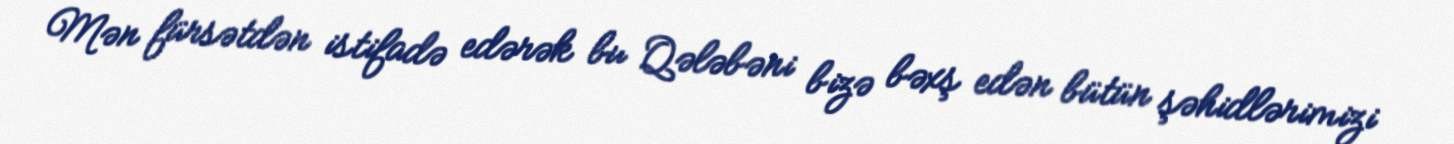
Mən fürsətdən istifadə edərək bu Qələbəni bizə bəxş edən bütün şəhidlərimizi